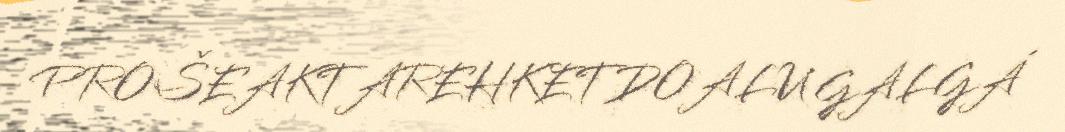
PROŠEAKTAREHKETDOALU GALGÁ